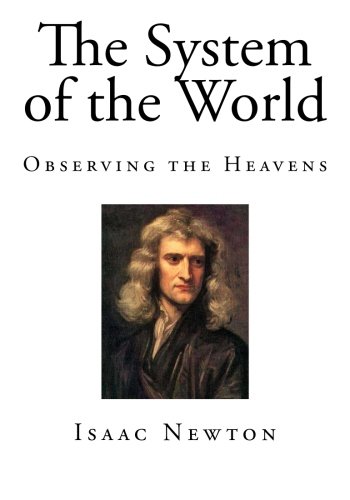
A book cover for The System of the World: Observing the Heavens (Isaac Newton ); Isaac Newton; Science & Math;